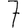
Digit: 7